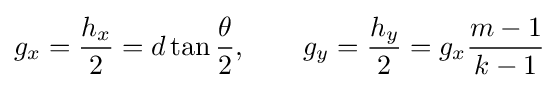
g_{x}={\frac {h_{x}}{2}}=d\tan {\frac {\theta }{2}},\qquad g_{y}={\frac {h_{y}}{2}}=g_{x}{\frac {m-1}{k-1}}